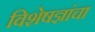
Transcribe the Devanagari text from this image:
विशेषज्ञांचा